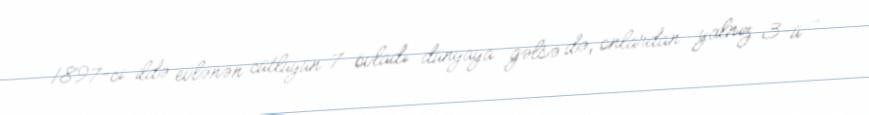
1897-ci ildə evlənən cütlüyün 7 övladı dünyaya gəlsə də, onlardan yalnız 3-ü -